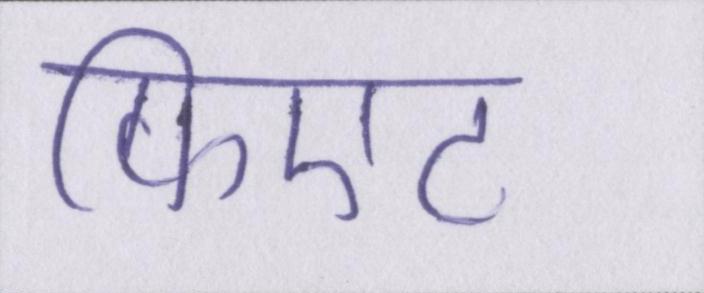
फिएट